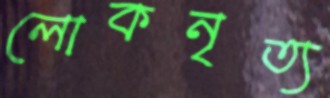
লোকনৃত্য